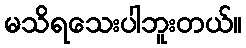
မသိရသေးပါဘူးတယ်။